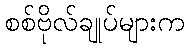
စစ်ဗိုလ်ချုပ်များက